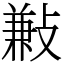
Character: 㪠